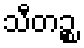
သီတဉ္စ